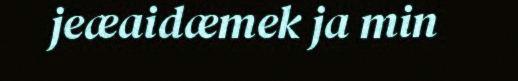
jeæaidæmek ja min